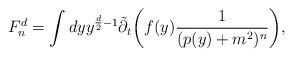
\begin{align*}F_n^d =\int dyy^{\frac{d}{2}-1} {\tilde \partial_t}\bigg(f(y)\frac{1}{(p(y)+ m^2)^n}\bigg)\mbox{,}\end{align*}